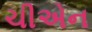
ચીએન